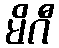
မိဂီ